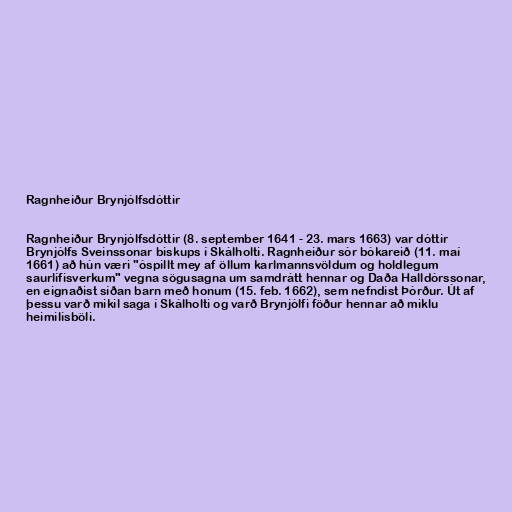
Ragnheiður Brynjólfsdóttir

Ragnheiður Brynjólfsdóttir (8. september 1641 - 23. mars 1663) var dóttir
Brynjólfs Sveinssonar biskups í Skálholti. Ragnheiður sór bókareið (11. maí
1661) að hún væri "óspillt mey af öllum karlmannsvöldum og holdlegum
saurlífisverkum" vegna sögusagna um samdrátt hennar og Daða Halldórssonar,
en eignaðist síðan barn með honum (15. feb. 1662), sem nefndist Þórður. Út af
þessu varð mikil saga í Skálholti og varð Brynjólfi föður hennar að miklu
heimilisböli.